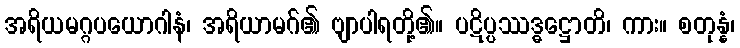
အရိယမဂ္ဂပယောဂါနံ၊ အရိယာမဂ်၏ ဗျာပါရတို့၏။ ပဋိပ္ပဿဒ္ဓဋ္ဌောတိ၊ ကား။ စတုန္နံ၊